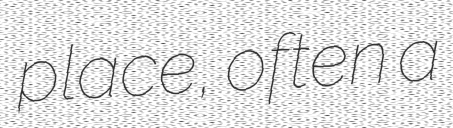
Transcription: place, often a